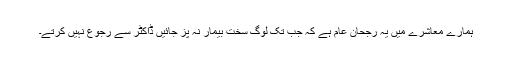
ہمارے معاشرے میں یہ رجحان عام ہے کہ جب تک لوگ سخت بیمار نہ پز جائیں ڈاکٹر سے رجوع نہیں کرتے۔